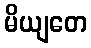
မိယျတေ